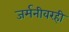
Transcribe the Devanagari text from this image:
जर्मनीवरही